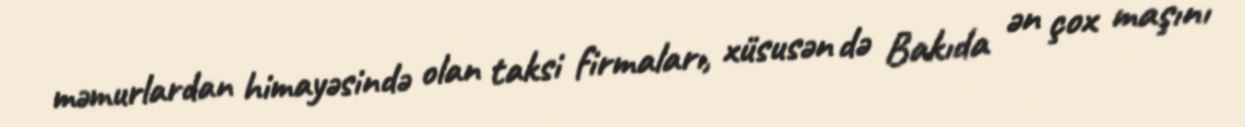
məmurlardan himayəsində olan taksi firmaları, xüsusən də Bakıda ən çox maşını